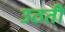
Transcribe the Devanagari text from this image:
उठतीं